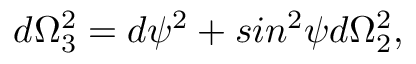
d \Omega _ { 3 } ^ { 2 } = d \psi ^ { 2 } + s i n ^ { 2 } \psi d \Omega _ { 2 } ^ { 2 } ,